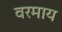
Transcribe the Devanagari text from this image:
वरमाय